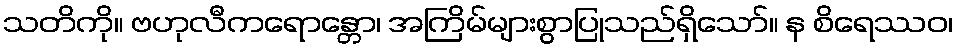
သတိကို။ ဗဟုလီကရောန္တော၊ အကြိမ်များစွာပြုသည်ရှိသော်။ န စိရေဿဝ၊